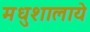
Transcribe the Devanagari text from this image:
मधुशालाये